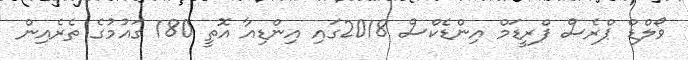
ވޯލްޑް ޕްރެސް ފްރީޑަމް އިންޑެކްސް 2018ގައި އިންޑިއާ އޮތީ 180 ގައުމުގެ ތެރެއިން